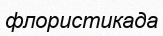
флористикада